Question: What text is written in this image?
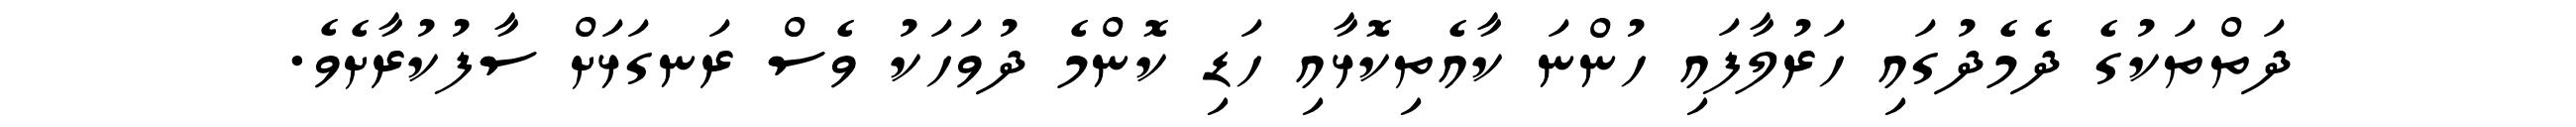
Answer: ދަތްތަކުގެ ދެމެދުގައި ހަރުލާފައި ހުންނަ ކާއެތިކޮޅާއި ހަޑި ކޮންމެ ދުވަހަކު ވެސް ރަނގަޅަށް ސާފުކުރާށެވެ.